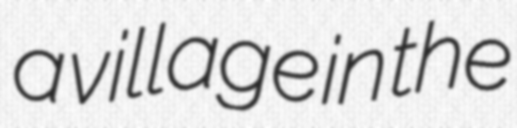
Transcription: a village in the